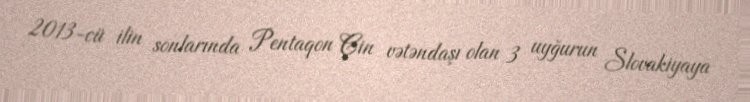
2013-cü ilin sonlarında Pentaqon Çin vətəndaşı olan 3 uyğurun Slovakiyaya